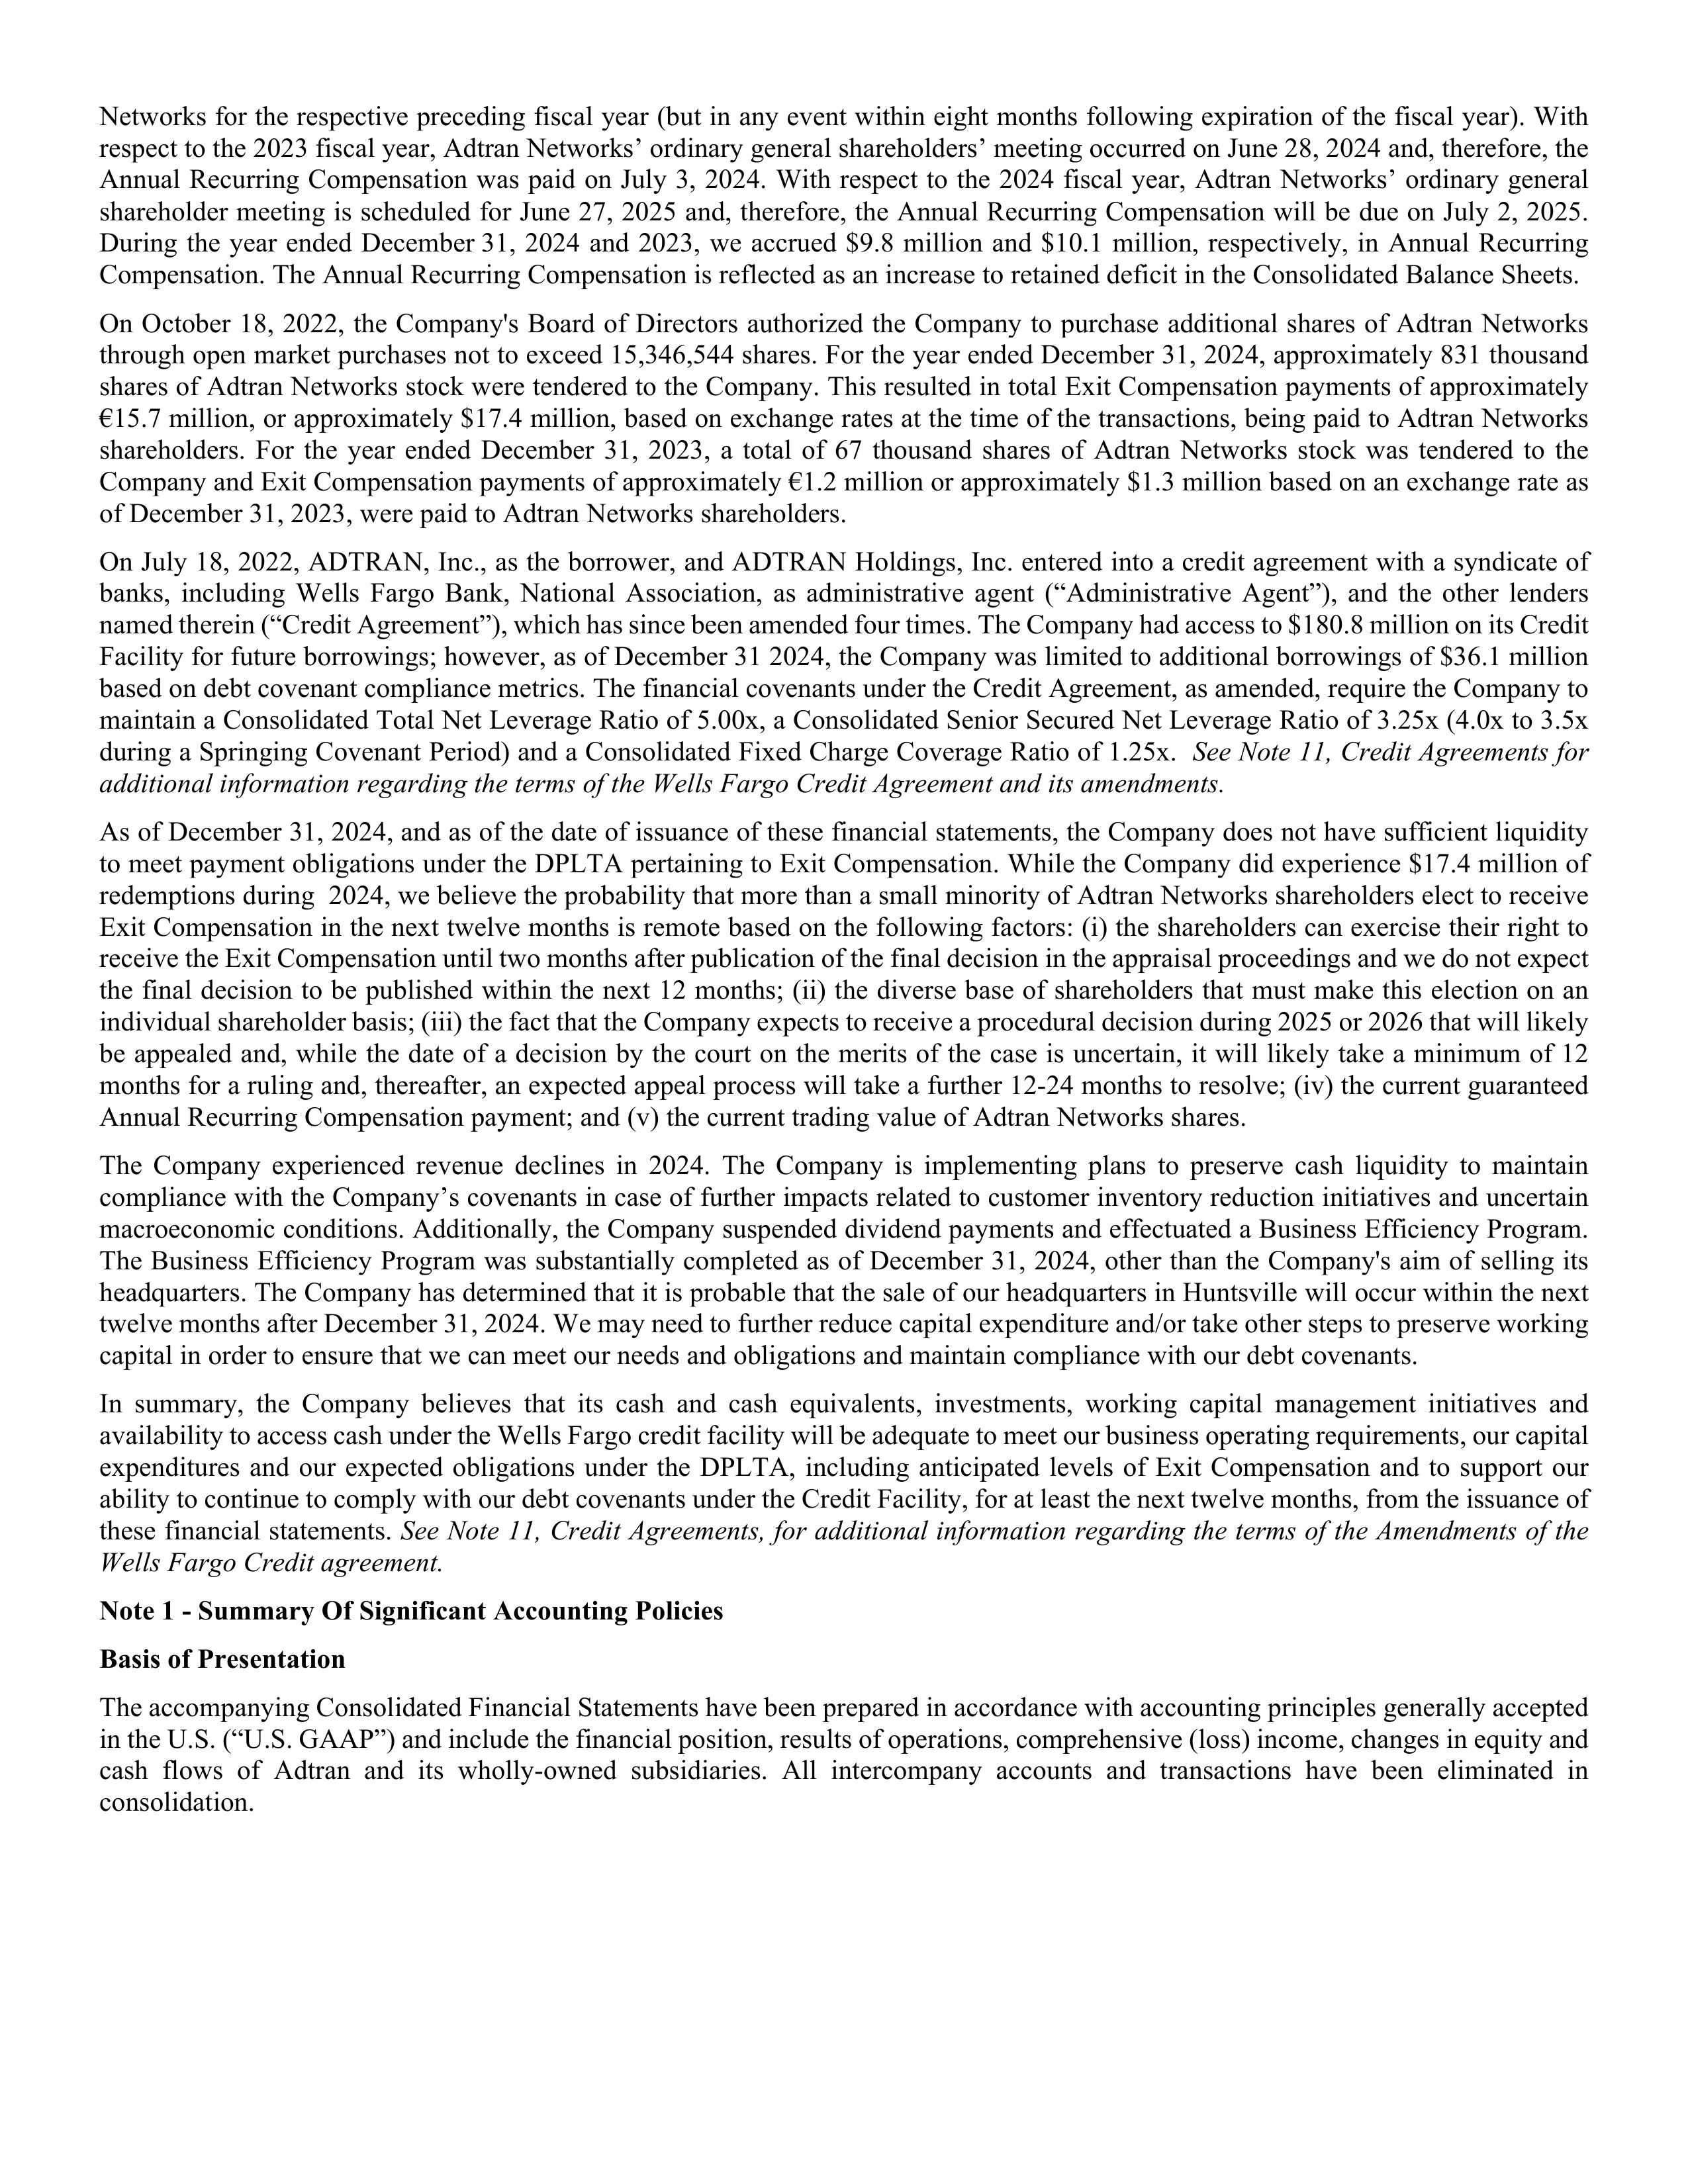
Networks for the respective preceding fiscal year (but in any event within eight months following expiration of the fiscal year). With
respect to the 2023 fiscal year, Adtran Networks’ ordinary general shareholders’ meeting occurred on June 28, 2024 and, therefore, the
Annual Recurring Compensation was paid on July 3, 2024. With respect to the 2024 fiscal year, Adtran Networks’ ordinary general
shareholders’ meeting is scheduled for June 27, 2025 and, therefore, the Annual Recurring Compensation will be due on July 2, 2025.
During the year ended December 31, 2024 and 2023, we accrued $9.8 million and $10.1 million, respectively, in Annual Recurring
Compensation. The Annual Recurring Compensation is reflected as an increase to retained deficit in the Consolidated Balance Sheets.

On October 18, 2022, the Company’s Board of Directors authorized the Company to purchase additional shares of Adtran Networks
through open market purchases not to exceed 15,346,544 shares. For the year ended December 31, 2024, approximately 831 thousand
shares of Adtran Networks stock were tendered to the Company. This resulted in total Exit Compensation payments of approximately
€15.7 million, or approximately $17.4 million, based on exchange rates at the time of the transactions, being paid to Adtran Networks
shareholders. For the year ended December 31, 2023, a total of 67 thousand shares of Adtran Networks stock was tendered to the
Company and Exit Compensation payments of approximately €1.2 million or approximately $1.3 million based on an exchange rate as
of December 31, 2023, were paid to Adtran Networks shareholders.

On July 18, 2022, ADTRAN, Inc., as the borrower, and ADTRAN Holdings, Inc., entered into a credit agreement with a syndicate of
banks, including Wells Fargo Bank, National Association, as administrative agent (“Administrative Agent”), and the other lenders
named therein (“Credit Agreement”), which has since been amended four times. The Company had access to $180.8 million on its Credit
Facility for future borrowings; however, as of December 31, 2024, the Company was limited to additional borrowings of $36.1 million
based on debt covenant compliance metrics. The financial covenants under the Credit Agreement, as amended, require the Company to
maintain a Consolidated Total Net Leverage Ratio of 5.00x, a Consolidated Senior Secured Net Leverage Ratio of 3.25x (4.0x to 3.5x
during a Springing Covenant Period) and a Consolidated Fixed Charge Coverage Ratio of 1.25x. See Note 11, Credit Agreements for
additional information regarding the terms of the Wells Fargo Credit Agreement and its amendments.

As of December 31, 2024, and as of the date of issuance of these financial statements, the Company does not have sufficient liquidity
to meet payment obligations under the DPLTA pertaining to Exit Compensation. While the Company did experience $17.4 million of
redemptions during 2024, we believe the probability that more than a small minority of Adtran Networks shareholders elect to receive
Exit Compensation in the next twelve months is remote based on the following factors: (i) the shareholders can exercise their right to
receive the Exit Compensation until two months after publication of the final decision in the appraisal proceedings and we do not expect
the final decision to be published within the next 12 months; (ii) the diverse base of shareholders that must make this election on an
individual shareholder basis; (iii) the fact that the Company expects to receive a procedural decision during 2025 or 2026 that will likely
be appealed and, while the date of a decision by the court on the merits of the case is uncertain, it will likely take a minimum of 12
months for a ruling and, thereafter, an expected appeal process will take a further 12-24 months to resolve; (iv) the current guaranteed
Annual Recurring Compensation payment; and (v) the current trading value of Adtran Networks shares.

The Company experienced revenue declines in 2024. The Company is implementing plans to preserve cash liquidity to maintain
compliance with the Company’s covenants in case of further impacts related to customer inventory reduction initiatives and uncertain
macroeconomic conditions. Additionally, the Company suspended dividend payments and effectuated a Business Efficiency Program.
The Business Efficiency Program was substantially completed as of December 31, 2024, other than the Company’s aim of selling its
headquarters. The Company has determined that it is probable that the sale of our headquarters in Huntsville will occur within the next
twelve months after December 31, 2024. We may need to further reduce capital expenditure and/or take other steps to preserve working
capital in order to ensure that we can meet our needs and obligations and maintain compliance with our debt covenants.

In summary, the Company believes that its cash and cash equivalents, investments, working capital management initiatives and
availability to access cash under the Wells Fargo credit facility will be adequate to meet our business operating requirements, our capital
expenditures and our expected obligations under the DPLTA, including anticipated levels of Exit Compensation and to support our
ability to continue to comply with our debt covenants under the Credit Facility, for at least the next twelve months, from the issuance of
these financial statements. See Note 11, Credit Agreements, for additional information regarding the terms of the Amendments of the
Wells Fargo Credit agreement.

Note 1 - Summary Of Significant Accounting Policies

Basis of Presentation

The accompanying Consolidated Financial Statements have been prepared in accordance with accounting principles generally accepted
in the U.S. (“U.S. GAAP”) and include the financial position, results of operations, comprehensive (loss) income, changes in equity and
cash flows of Adtran and its wholly-owned subsidiaries. All intercompany accounts and transactions have been eliminated in
consolidation.